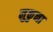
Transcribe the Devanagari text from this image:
मुकुना